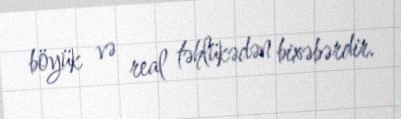
böyük və real təhlükədən bixəbərdir.